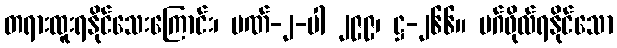
တရားထူးရနိုင်သေးကြောင်း၊ ပဏ်-၂-ပါ ၂၉၉၊ ဋ္ဌ-၂၆၆။ မဂ်ဖိုလ်ရနိုင်သော